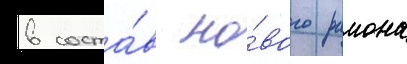
в соста́в но́вого раиона